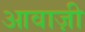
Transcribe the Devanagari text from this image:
आवाज़ी